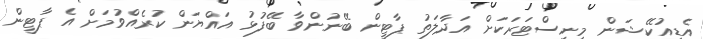
އެޑިއުކޭޝަން މިނިސްޓަރަކަށް އަދާލަތު ޕާޓީން ބޭނުންވާ ބޭފުޅު އައްޔަން ކުރެއްވުމަށް އެ ޕާޓީން